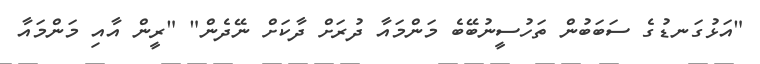
"އަޅުގަނޑުގެ ސަބަބުން ތަހުސީނުބޭބެ މަންމައާ ދުރަށް ދާކަށް ނޭދެން" "ރީން އާއި މަންމައާ